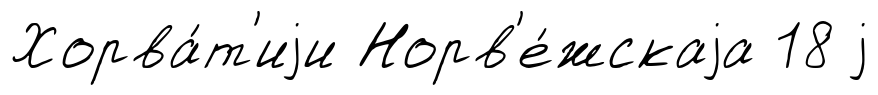
Хорва́т'иjи Норв'е́жскаjа 18 j